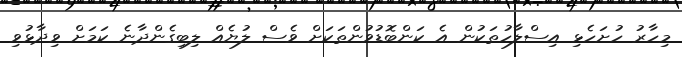
މިހާރު ހުށަހެޅި އިސްލާހުތަކުން އެ ކަންބޮޑުވުންތަކަށް ވެސް ލުޔެއް ލިބިގެންދާނެ ކަމަށް ވިދާޅުވި